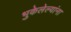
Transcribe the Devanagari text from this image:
भुकेलेल्यांना